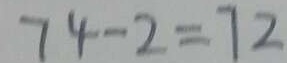
7 4 - 2 = 7 2